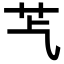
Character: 𦬈